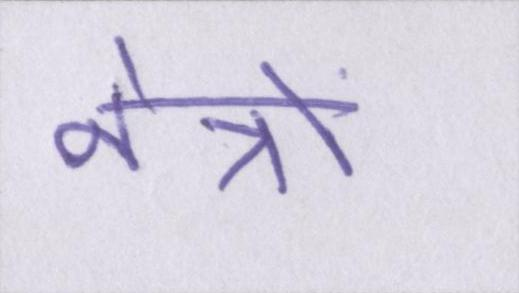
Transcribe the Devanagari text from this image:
नेत्रों